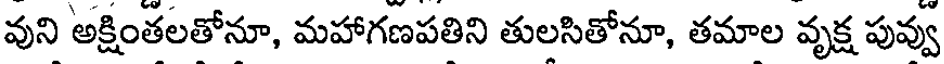
వుని అక్షింతలతోనూ, మహాగణపతిని తులసితోనూ, తమాల వృక్ష పువ్వు